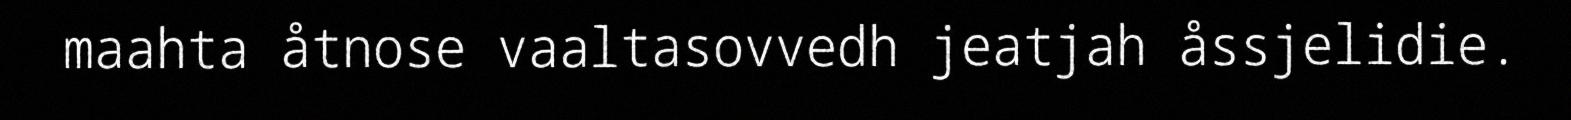
maahta åtnose vaaltasovvedh jeatjah åssjelidie.